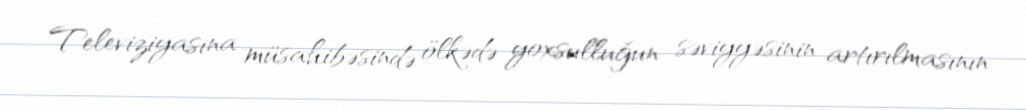
Televiziyasına müsahibəsində ölkədə yoxsulluğun səviyyəsinin artırılmasının